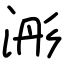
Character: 浵